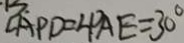
\angle A P D = \angle P A E = 3 0 ^ { \circ }